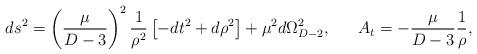
LaTeX: \begin{align*}ds^2=\left({{\mu}\over{D-3}}\right)^2{1\over{\rho^2}}\left[-dt^2+d\rho^2\right]+\mu^2d\Omega^2_{D-2},\ \ \ \ \ A_t=-{{\mu}\over{D-3}}{1\over{\rho}},\end{align*}